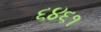
૬૪૬૧